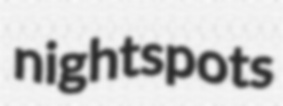
nightspots